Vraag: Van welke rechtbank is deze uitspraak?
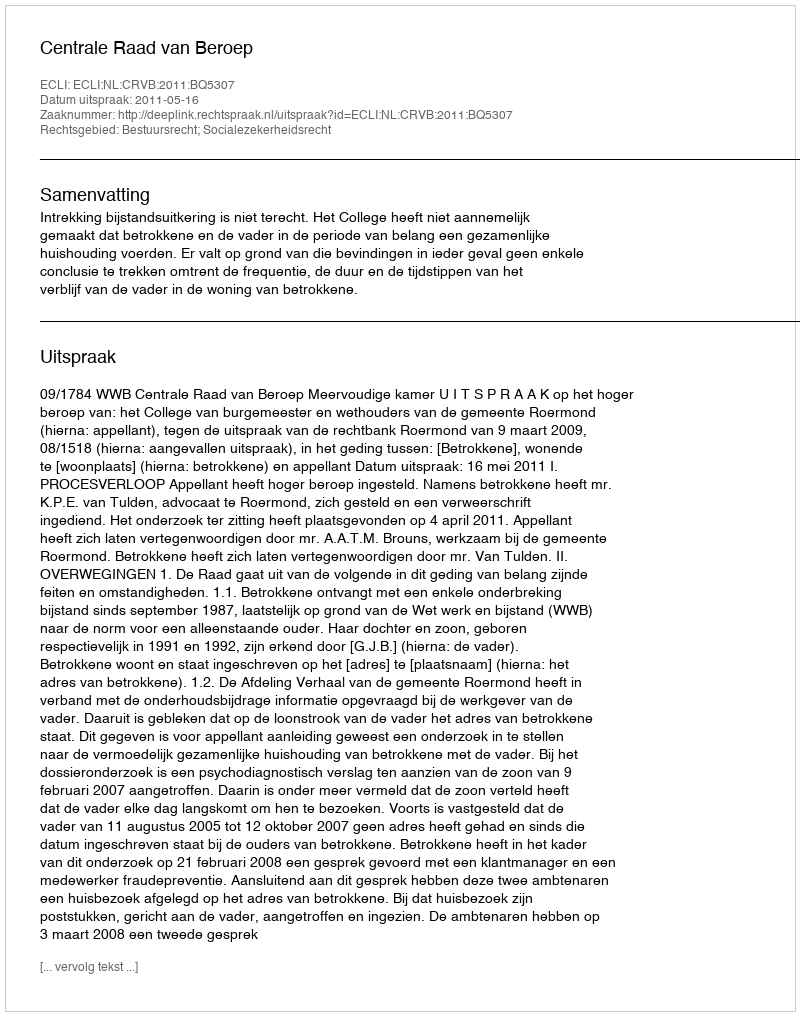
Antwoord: Centrale Raad van Beroep